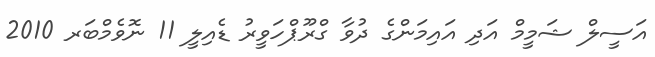
އަސީލް ޝަމީމް އަދި އައިމަންގެ ދުވާ ގްރޫޕްހަވީރު ޑެއިލީ 11 ނޮވެމްބަރ 2010